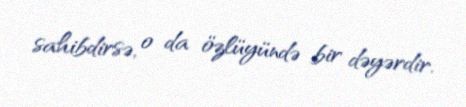
sahibdirsə, o da özlüyündə bir dəyərdir.